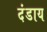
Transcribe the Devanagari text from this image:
दंडाय